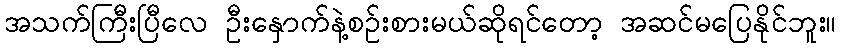
အသက်ကြီးပြီလေ ဦးနှောက်နဲ့စဉ်းစားမယ်ဆိုရင်တော့ အဆင်မပြေနိုင်ဘူး။